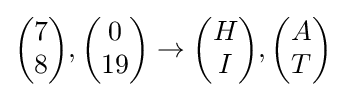
{\begin{pmatrix}7\\8\end{pmatrix}},{\begin{pmatrix}0\\19\end{pmatrix}}\to {\begin{pmatrix}H\\I\end{pmatrix}},{\begin{pmatrix}A\\T\end{pmatrix}}